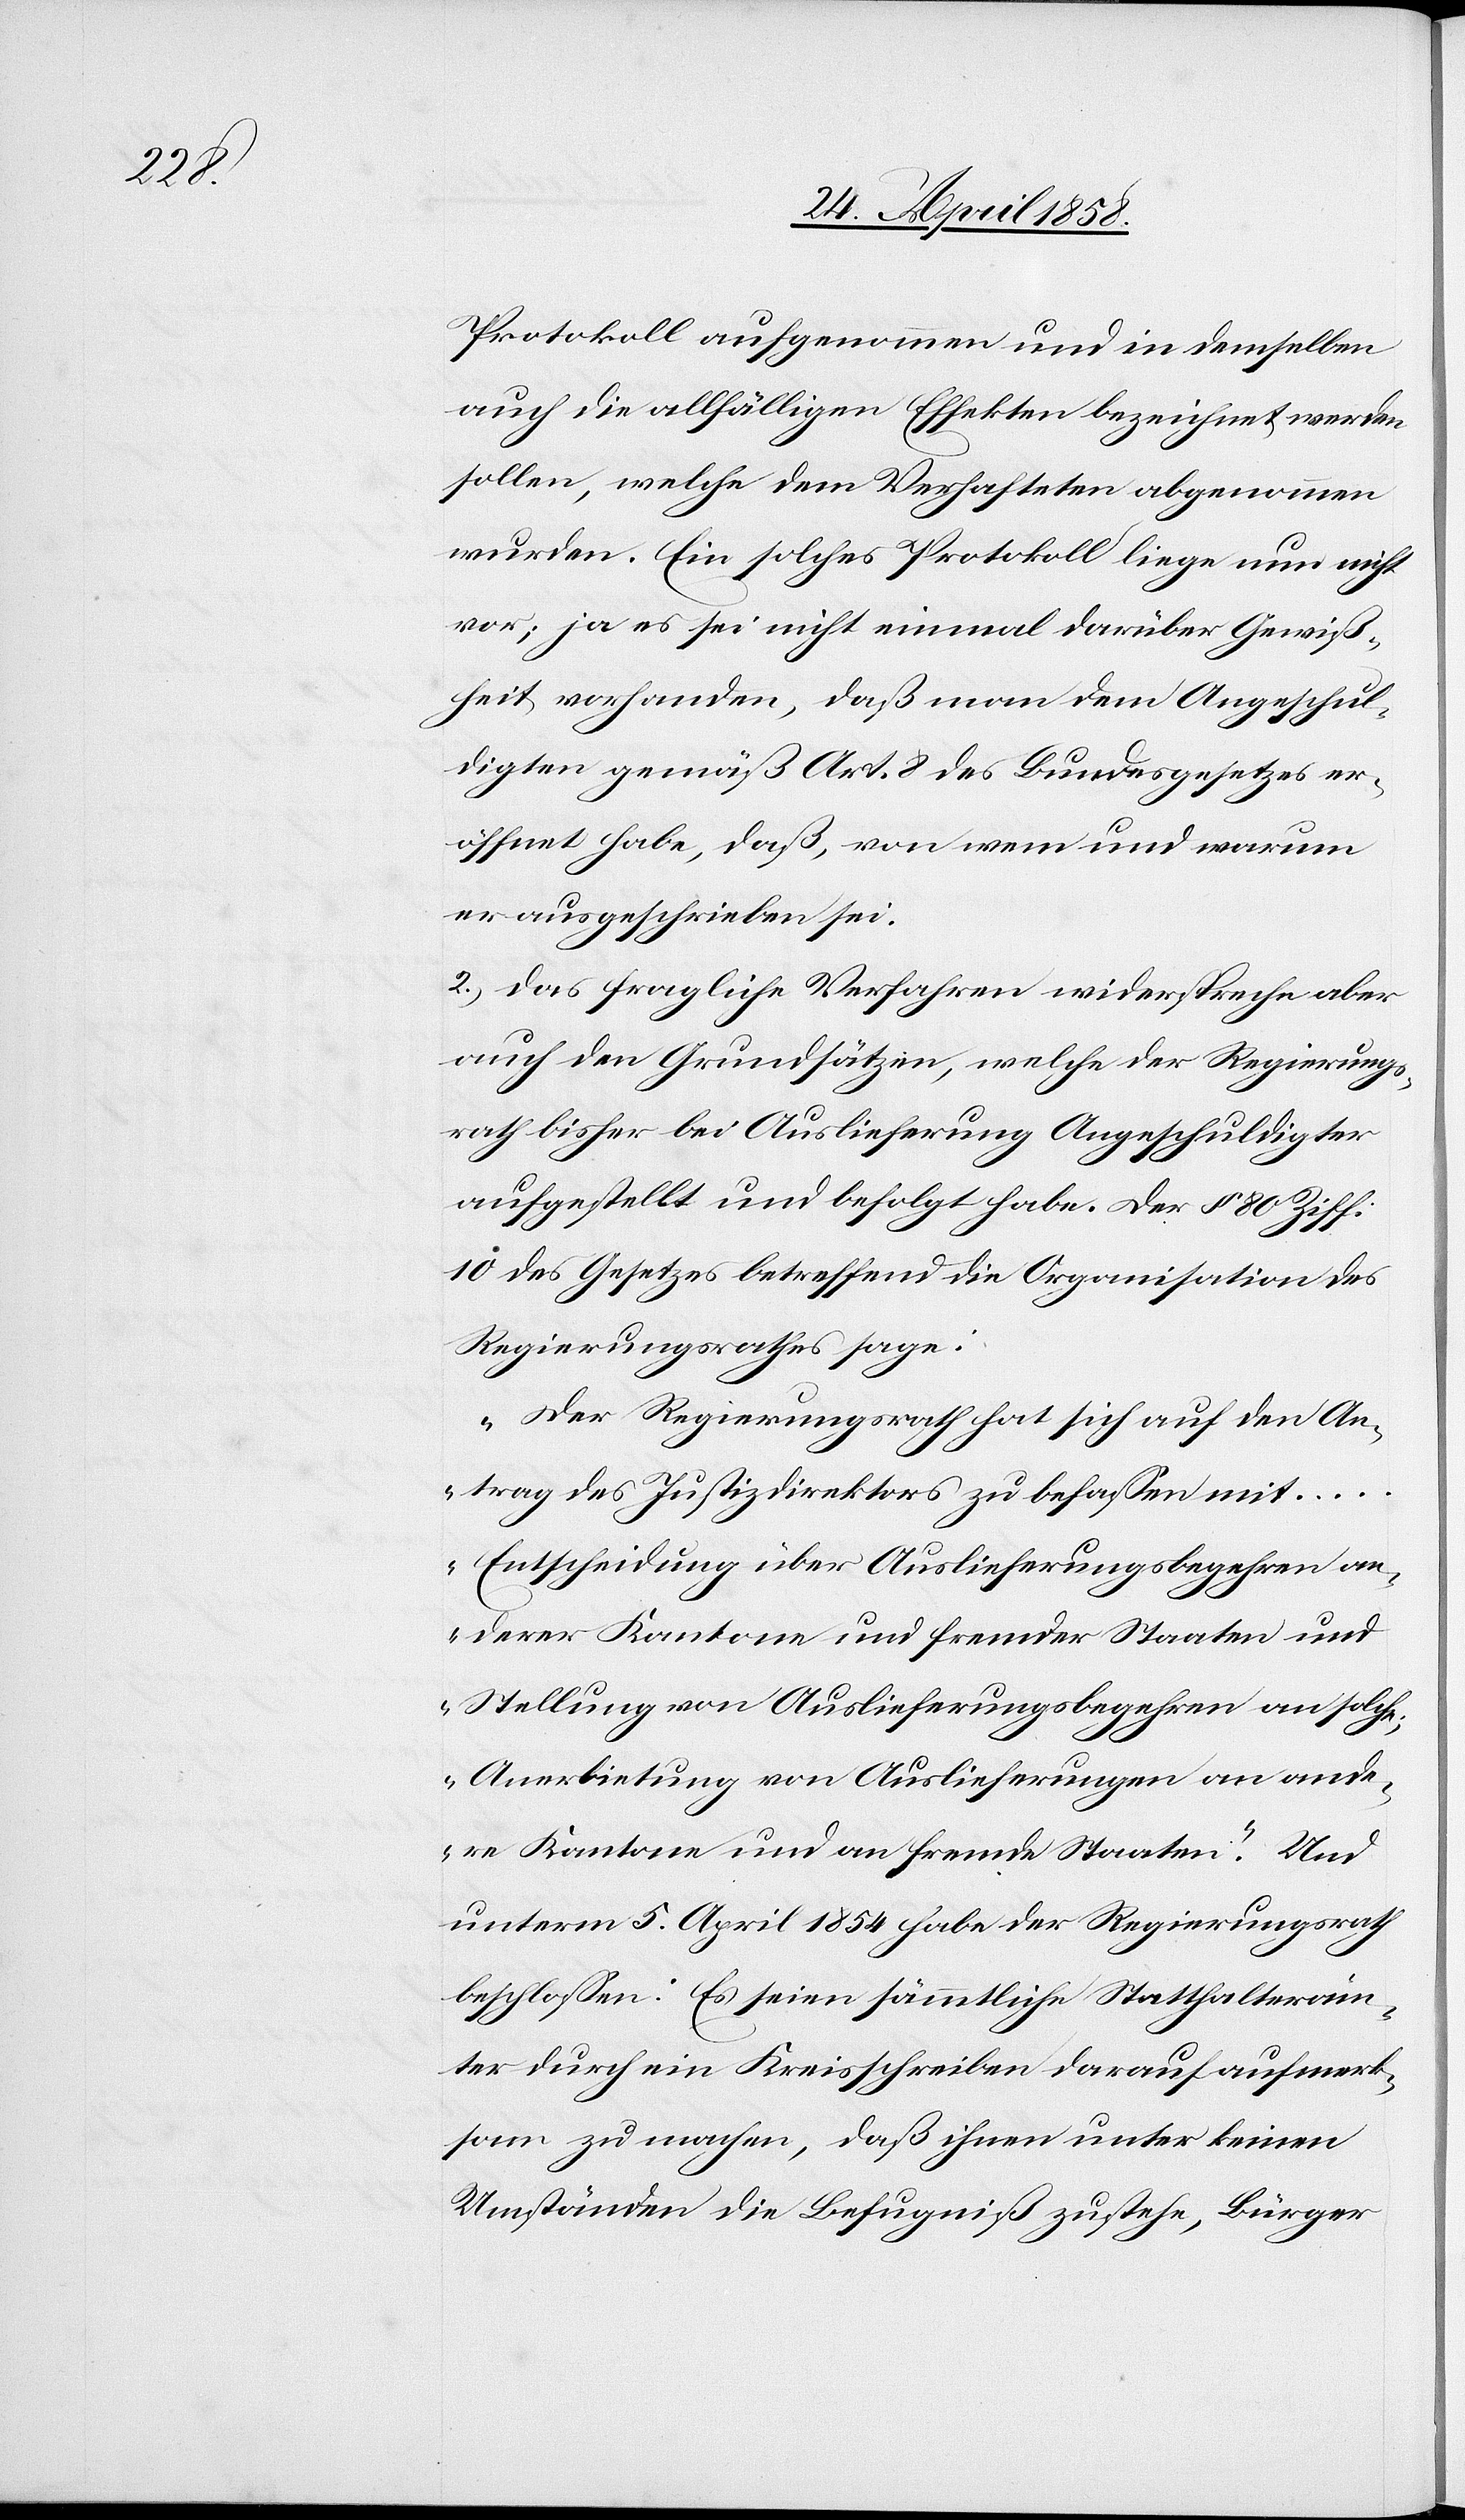
Protokoll aufgenommen und in demselben
auch die allfälligen Effekten bezeichnet werden
sollen, welche dem Verhafteten abgenommen
wurden. Ein solches Protokoll liege nun nicht
vor; ja es sei nicht einmal darüber Gewiß¬
heit vorhanden, daß man dem Angeschul¬
digten gemäß Art. 8 des Bundesgesetzes er¬
öffnet habe, daß, von wem und warum
er ausgeschrieben sei.
2. Das fragliche Verfahren widerspreche aber
auch den Grundsätzen, welche der Regierungs¬
rath bisher bei Auslieferung Angeschuldigter
aufgestellt und befolgt habe. Der § 80 Ziff.
10 des Gesetzes betreffend die Organisation des
Regierungsrathes sage:
„Der Regierungsrath hat sich auf den An¬
trag des Justizdirektors zu befassen mit
… Entscheidungen über Auslieferungsbegehren an¬
derer Kantone und fremder Staaten und
Stellung von Auslieferungsbegehren an solche,
Anerbietung von Auslieferungen an ande¬
re Kantone und an fremde Staate.“ Und
unterm 5. April 1854 habe der Regierungsrath
beschlossen: Es seien sämmtliche Statthalteräm¬
ter durch ein Kreisschreiben darauf aufmerk¬
sam zu machen, daß ihnen unter keinen
Umständen die Befugniß zustehe, Bürger